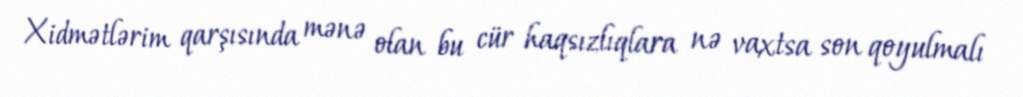
Xidmətlərim qarşısında mənə olan bu cür haqsızlıqlara nə vaxtsa son qoyulmalı